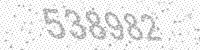
Solution: 538982